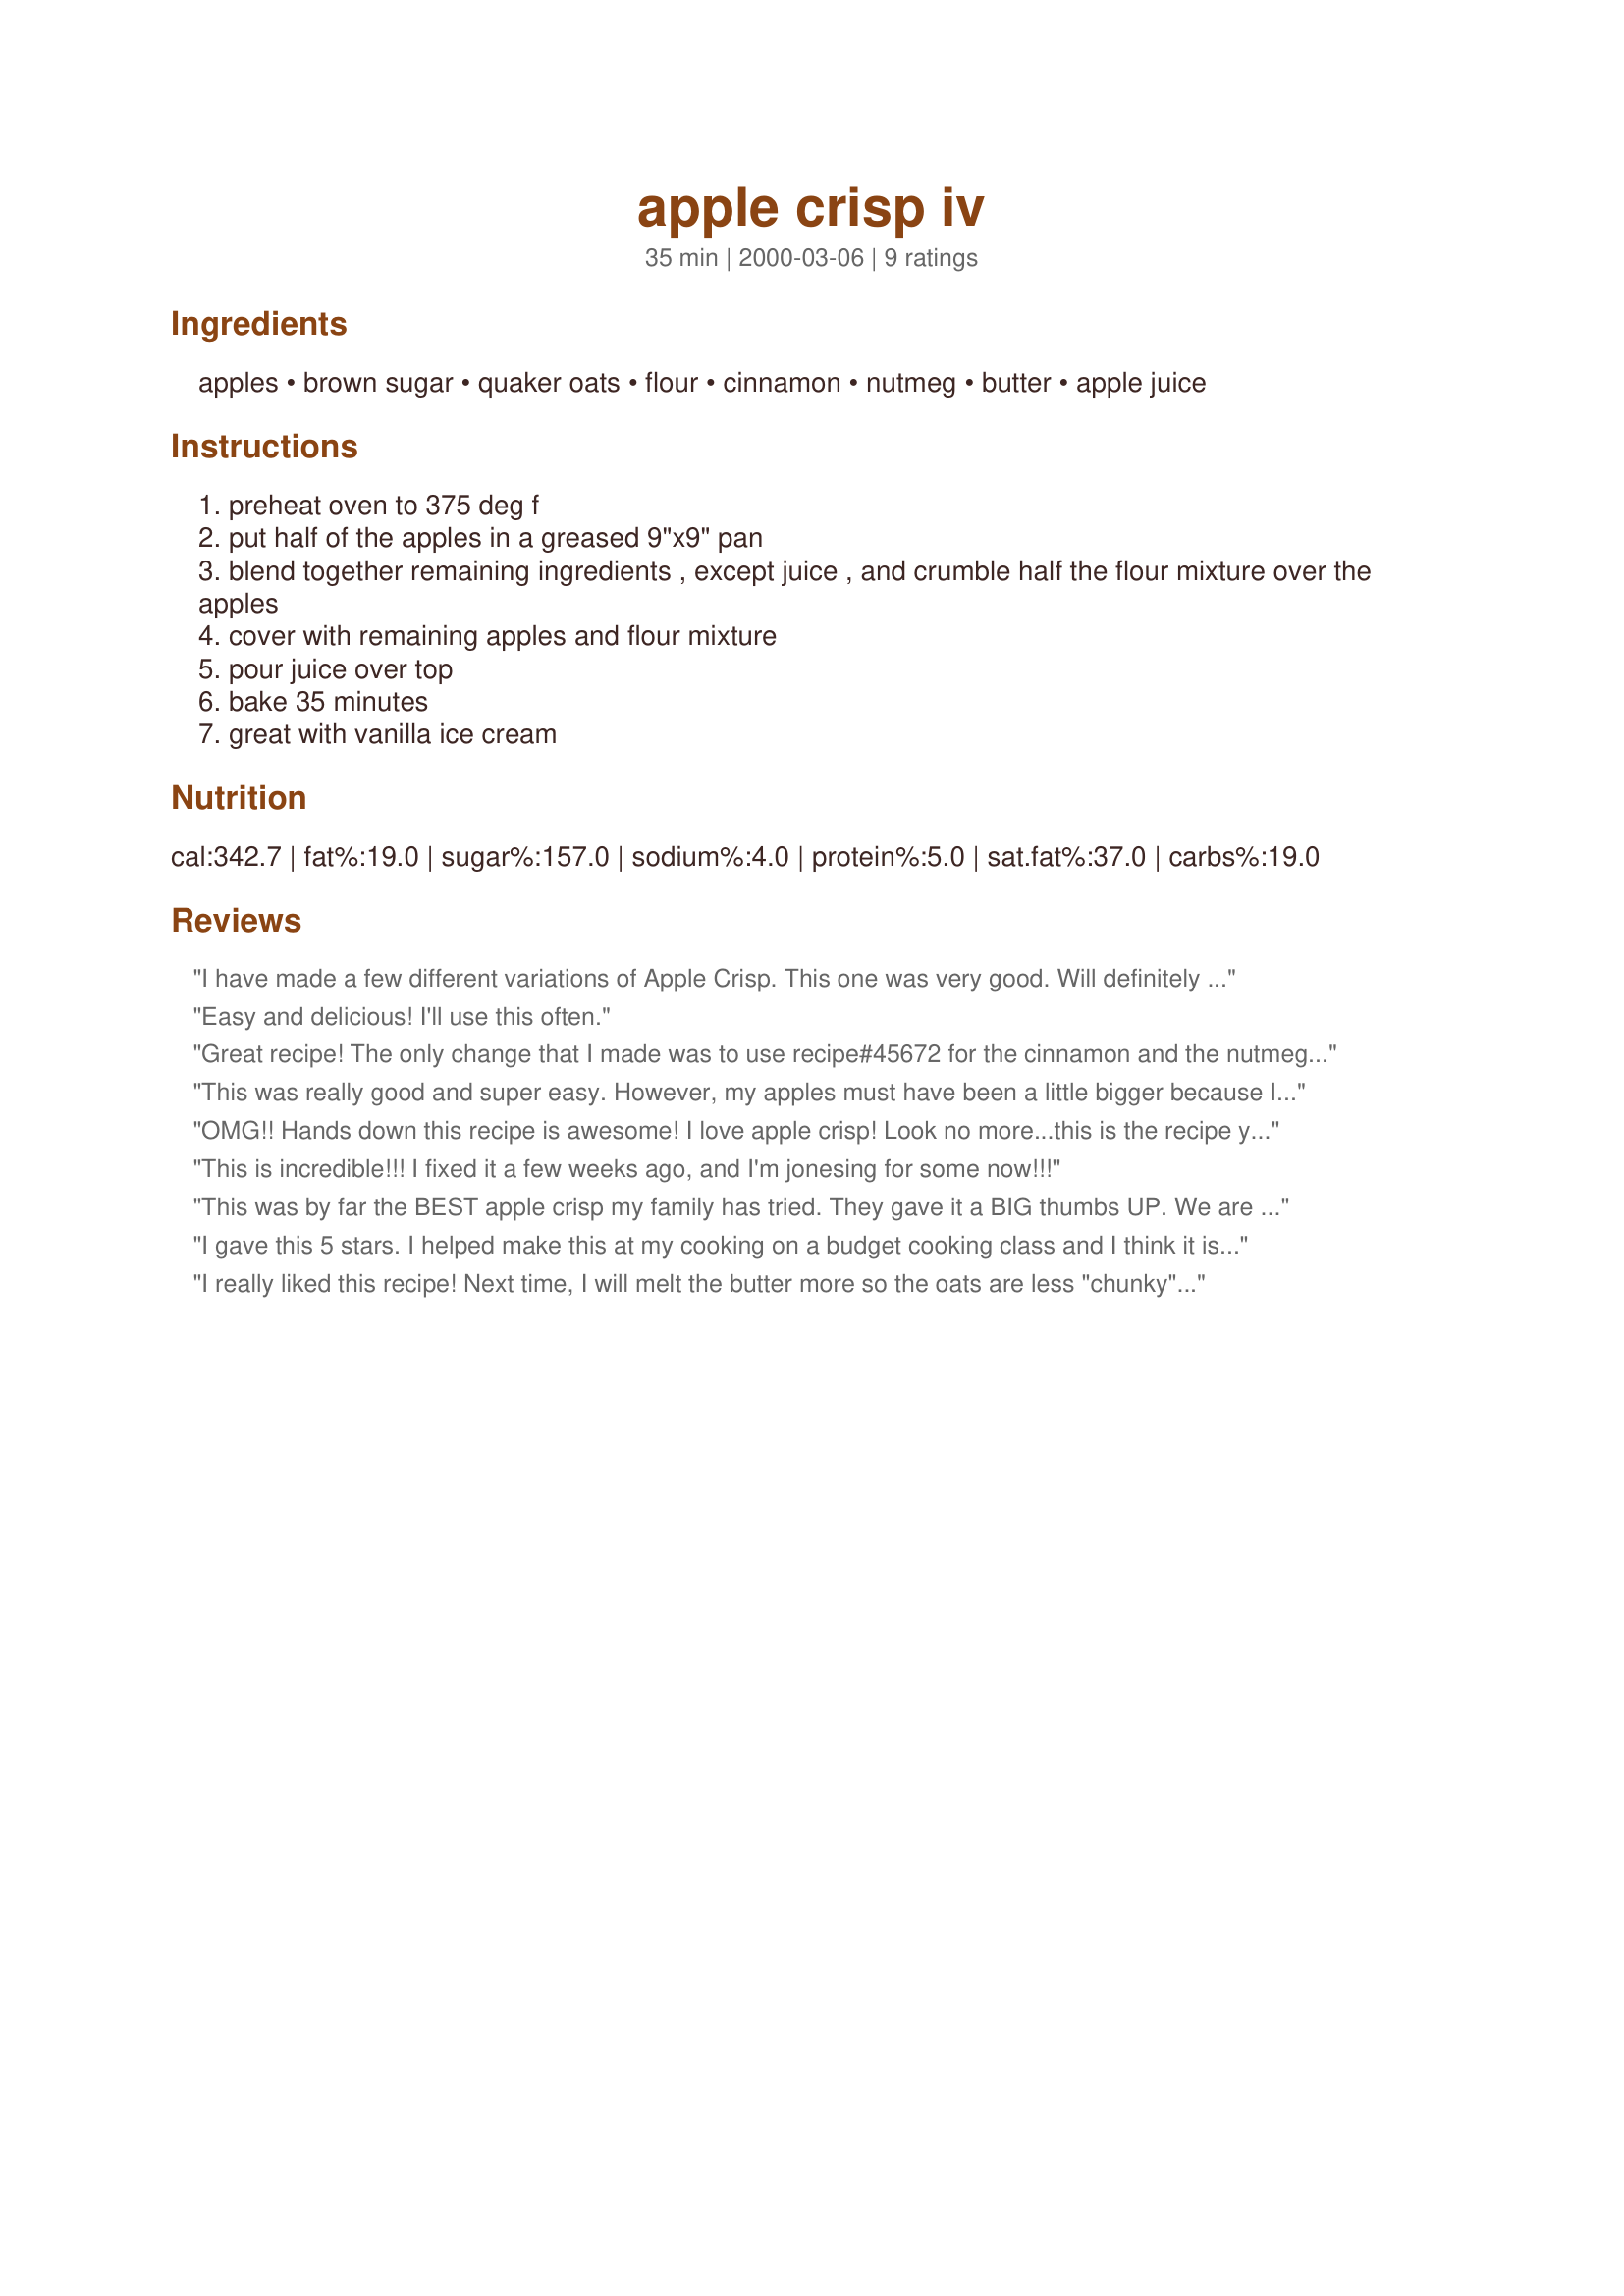
apple crisp iv
Preparation time: 35 minutes

Ingredients:
apples, brown sugar, quaker oats, flour, cinnamon, nutmeg, butter, apple juice

Steps:
preheat oven to 375 deg f
put half of the apples in a greased 9"x9" pan
blend together remaining ingredients , except juice , and crumble half the flour mixture over the apples
cover with remaining apples and flour mixture
pour juice over top
bake 35 minutes
great with vanilla ice cream

Reviews:
I have made a few different variations of Apple Crisp. This one was very good. Will definitely make this again.
Easy and delicious! I'll use this often.
Great recipe! The only change that I made was to use recipe#45672 for the cinnamon and the nutmeg. This recipe is a great one to make with the kids; my 6 year old helped me cut up the apples. Thanks for posting!
This was really good and super easy. However, my apples must have been a little bigger because I had to use a bigger pan (large Pyrex bowl). That just meant more for us to eat. I also used raspberry vodka instead of juice just to liven it up.
OMG!! Hands down this recipe is awesome! I love apple crisp! Look no more...this is the recipe you want to follow. Trust me. Just have your ice cream ready ahead of time so you're not upset when your apple crisp comes out of the oven! Thank you!!
This is incredible!!! I fixed it a few weeks ago, and I'm jonesing for some now!!!
This was by far the BEST apple crisp my family has tried. They gave it a BIG thumbs UP. We are preparing it for our church luncheon on Sunday.
I gave this 5 stars. I helped make this at my cooking on a budget cooking class and I think it is the best apple crisp I've ever had. My 3 yrs newphew didn't like it though (I brought mine home). Thanks for posting a great recipe. Christine (internetnut)
I really liked this recipe! Next time, I will melt the butter more so the oats are less "chunky" - but that was my own fault. It turned out very yummy and everyone enjoyed it.
